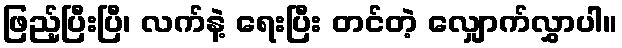
ဖြည့်ပြီးပြီ၊ လက်နဲ့ ရေးပြီး တင်တဲ့ လျှောက်လွှာပါ။